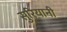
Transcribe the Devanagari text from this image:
सुरियानी